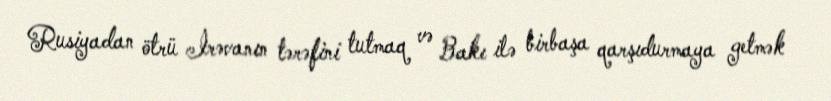
Rusiyadan ötrü İrəvanın tərəfini tutmaq və Bakı ilə birbaşa qarşıdurmaya getmək